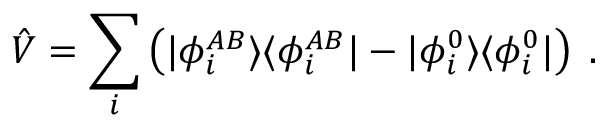
\hat { V } = \sum _ { i } \left( | \phi _ { i } ^ { A B } \rangle \langle \phi _ { i } ^ { A B } | - | \phi _ { i } ^ { 0 } \rangle \langle \phi _ { i } ^ { 0 } | \right) \; .